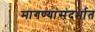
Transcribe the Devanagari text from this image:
मागण्यांसंदर्भात